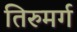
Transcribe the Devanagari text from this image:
तिरुमर्ग